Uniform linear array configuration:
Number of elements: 16
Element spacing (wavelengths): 0.25
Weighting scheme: cosine
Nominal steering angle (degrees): -30
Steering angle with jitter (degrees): -31.052
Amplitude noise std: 0.05
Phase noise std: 0.05

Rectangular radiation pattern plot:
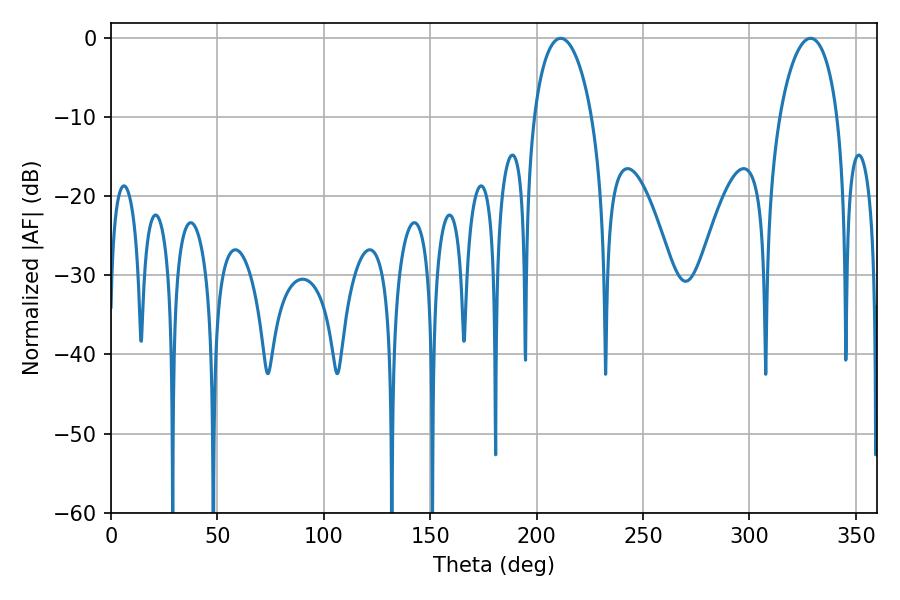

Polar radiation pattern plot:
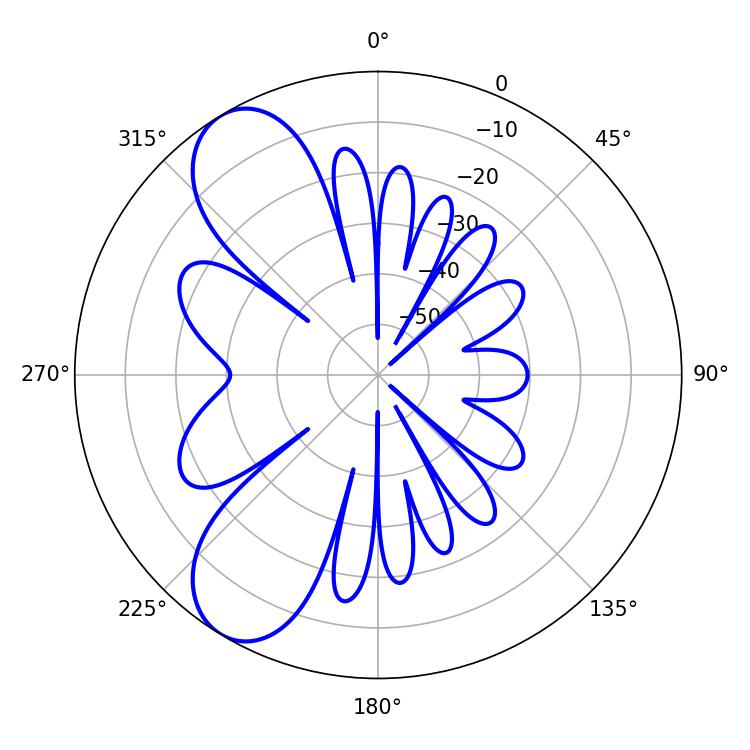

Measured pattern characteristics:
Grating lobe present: FALSE
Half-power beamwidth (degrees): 15.48
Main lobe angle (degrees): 211.32